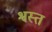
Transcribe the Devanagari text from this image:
श्वस्त